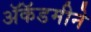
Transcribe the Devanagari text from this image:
ॲकॅडमीने